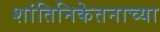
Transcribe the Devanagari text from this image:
शांतिनिकेतनाच्या